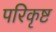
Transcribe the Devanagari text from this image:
परिकृष्ट